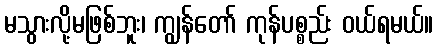
မသွားလို့မဖြစ်ဘူး၊ ကျွန်တော် ကုန်ပစ္စည်း ဝယ်ရမယ်။